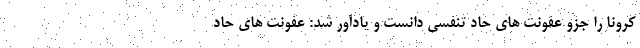
کرونا را جزو عفونت های حاد تنفسی دانست و یادآور شد: عفونت های حاد